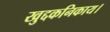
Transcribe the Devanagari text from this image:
खुद्दकनिकाय।